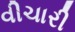
વીચારી